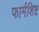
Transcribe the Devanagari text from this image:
फार्मशिष्ट